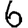
Digit: 6